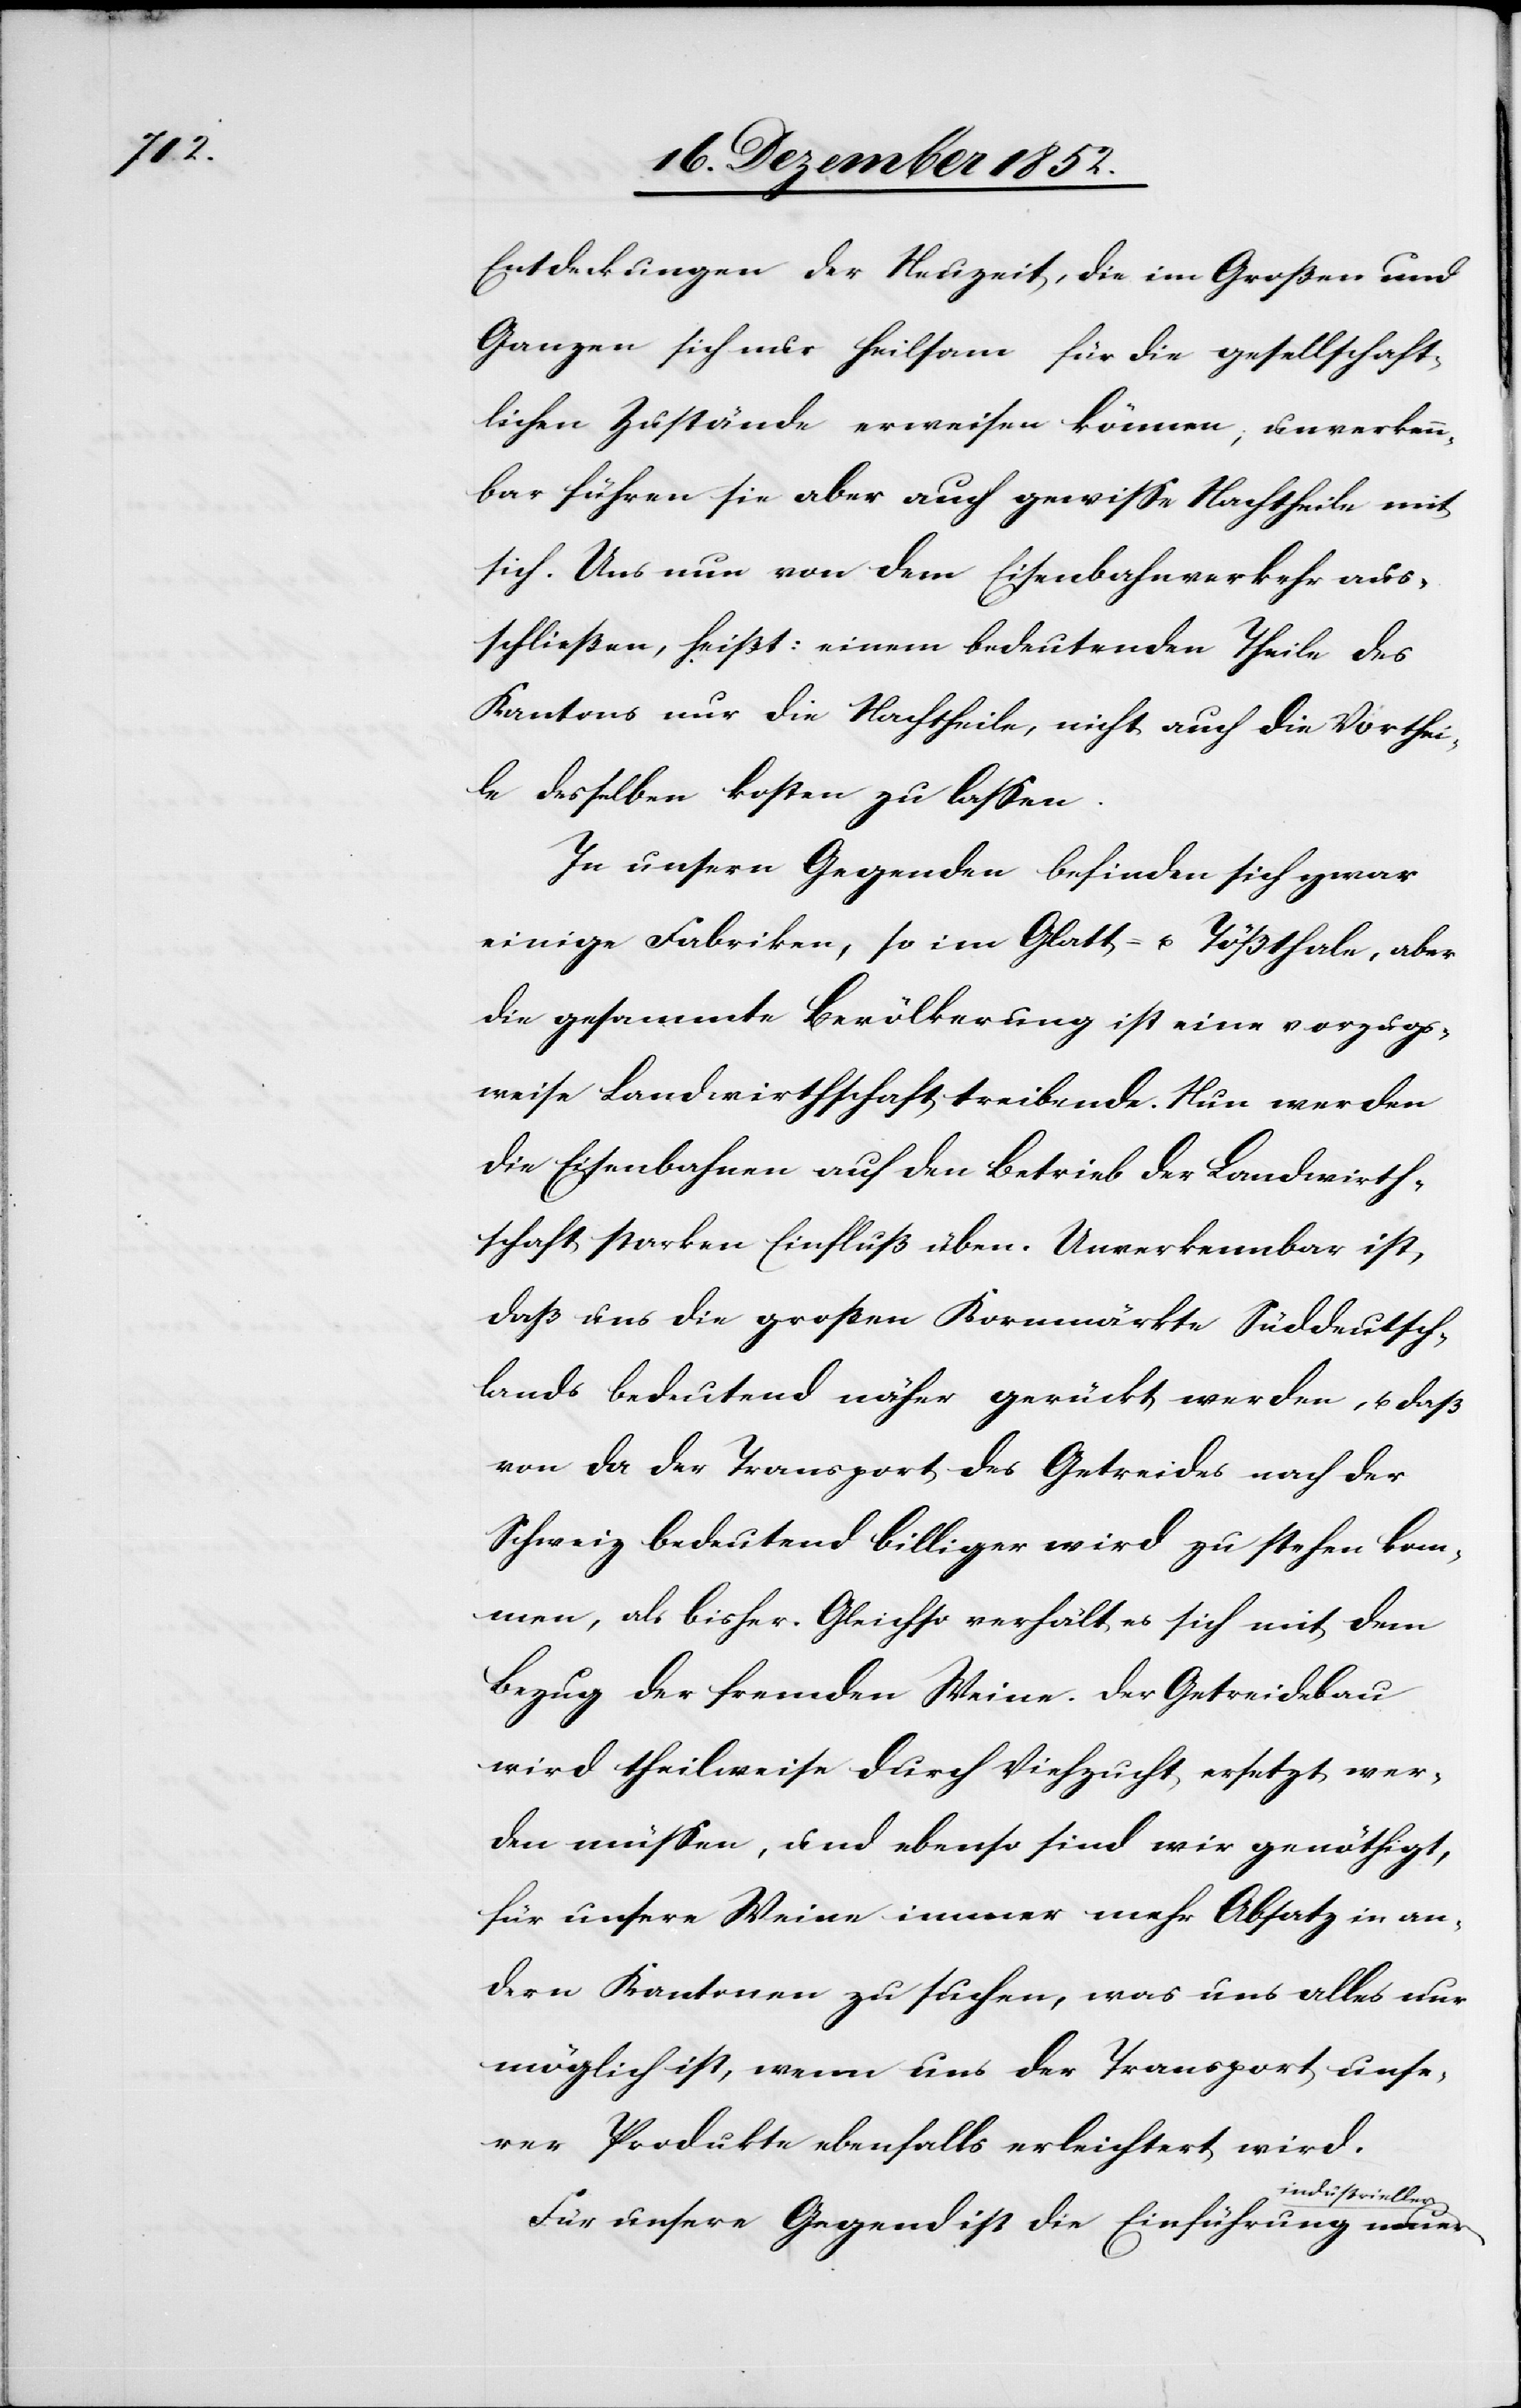
Entdeckungen der Neuzeit, die im Großen und
Ganzen sich nur heilsam für die gesellschaft¬
lichen Zustände erweisen können; unverkenn¬
bar führen sie aber auch gewisse Nachtheile mit
sich. Uns nun von dem Eisenbahnverkehr aus¬
schließen, heißt: einem bedeutenden Theile des
Kantons nur die Nachtheile, nicht auch die Vorthei¬
le desselben kosten zu lassen.
In unsern Gegenden befinden sich zwar
einige Fabriken, so im Glatt- u. Tößthale, aber
die gesammte Bevölkerung ist eine vorzugs¬
weise Landwirthschaft treibende. Nun werden
die Eisenbahnen auf den Betrieb der Landwirth¬
schaft starken Einfluß üben. Unverkennbar ist,
daß uns die großen Kornmärkte Süddeutsch¬
lands bedeutend näher gerückt werden, u. daß
von da der Transport des Getreides nach der
Schweiz bedeutend billiger wird zu stehen kom¬
men, als bisher. Gleichso verhält es sich mit dem
Bezug der fremden Weine. Der Getreidebau
wird theilweise durch Viehzucht ersetzt wer¬
den müssen, und ebenso sind wir genöthigt,
für unsere Weine immer mehr Absatz in an¬
dern Kantonen zu suchen, was uns alles nur
möglich ist, wenn uns der Transport unse¬
rer Produkte ebenfalls erleichtert wird.
industrieller
Für unsere Gegend ist die Einführung neuer